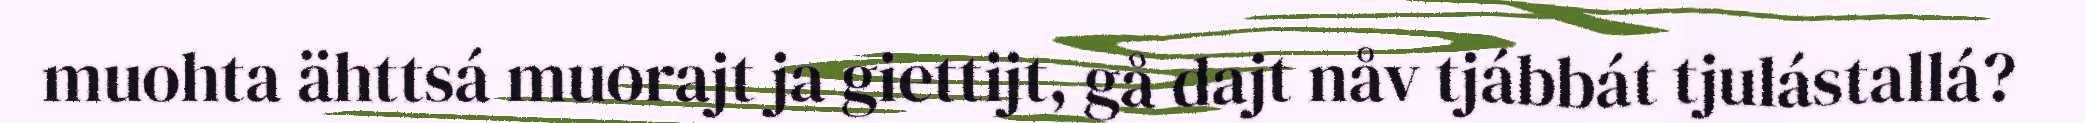
muohta ähttsá muorajt ja giettijt, gå dajt nåv tjábbát tjulástallá?